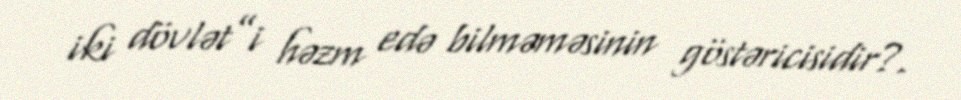
iki dövlət”i həzm edə bilməməsinin göstəricisidir?.